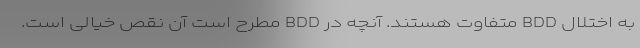
به اختلال BDD متفاوت هستند. آنچه در BDD مطرح است آن نقص خیالی است.